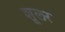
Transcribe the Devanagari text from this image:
शूलर